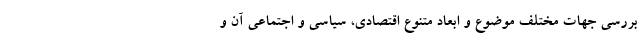
بررسی جهات مختلف موضوع و ابعاد متنوع اقتصادی، سیاسی و اجتماعی آن و